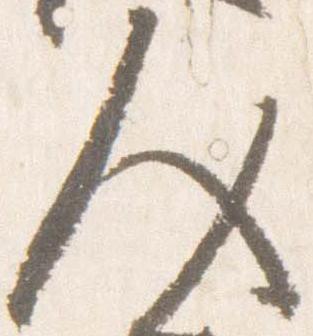
人